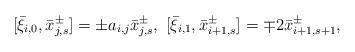
LaTeX: \begin{align*} [\bar{\xi}_{i,0}, \bar{x}^{\pm}_{j,s}]=\pm a_{i,j}\bar{x}^{\pm}_{j,s},\ [\bar{\xi}_{i,1},\bar{x}^{\pm}_{i+1,s}]=\mp 2 \bar{x}^{\pm}_{i+1,s+1},\end{align*}